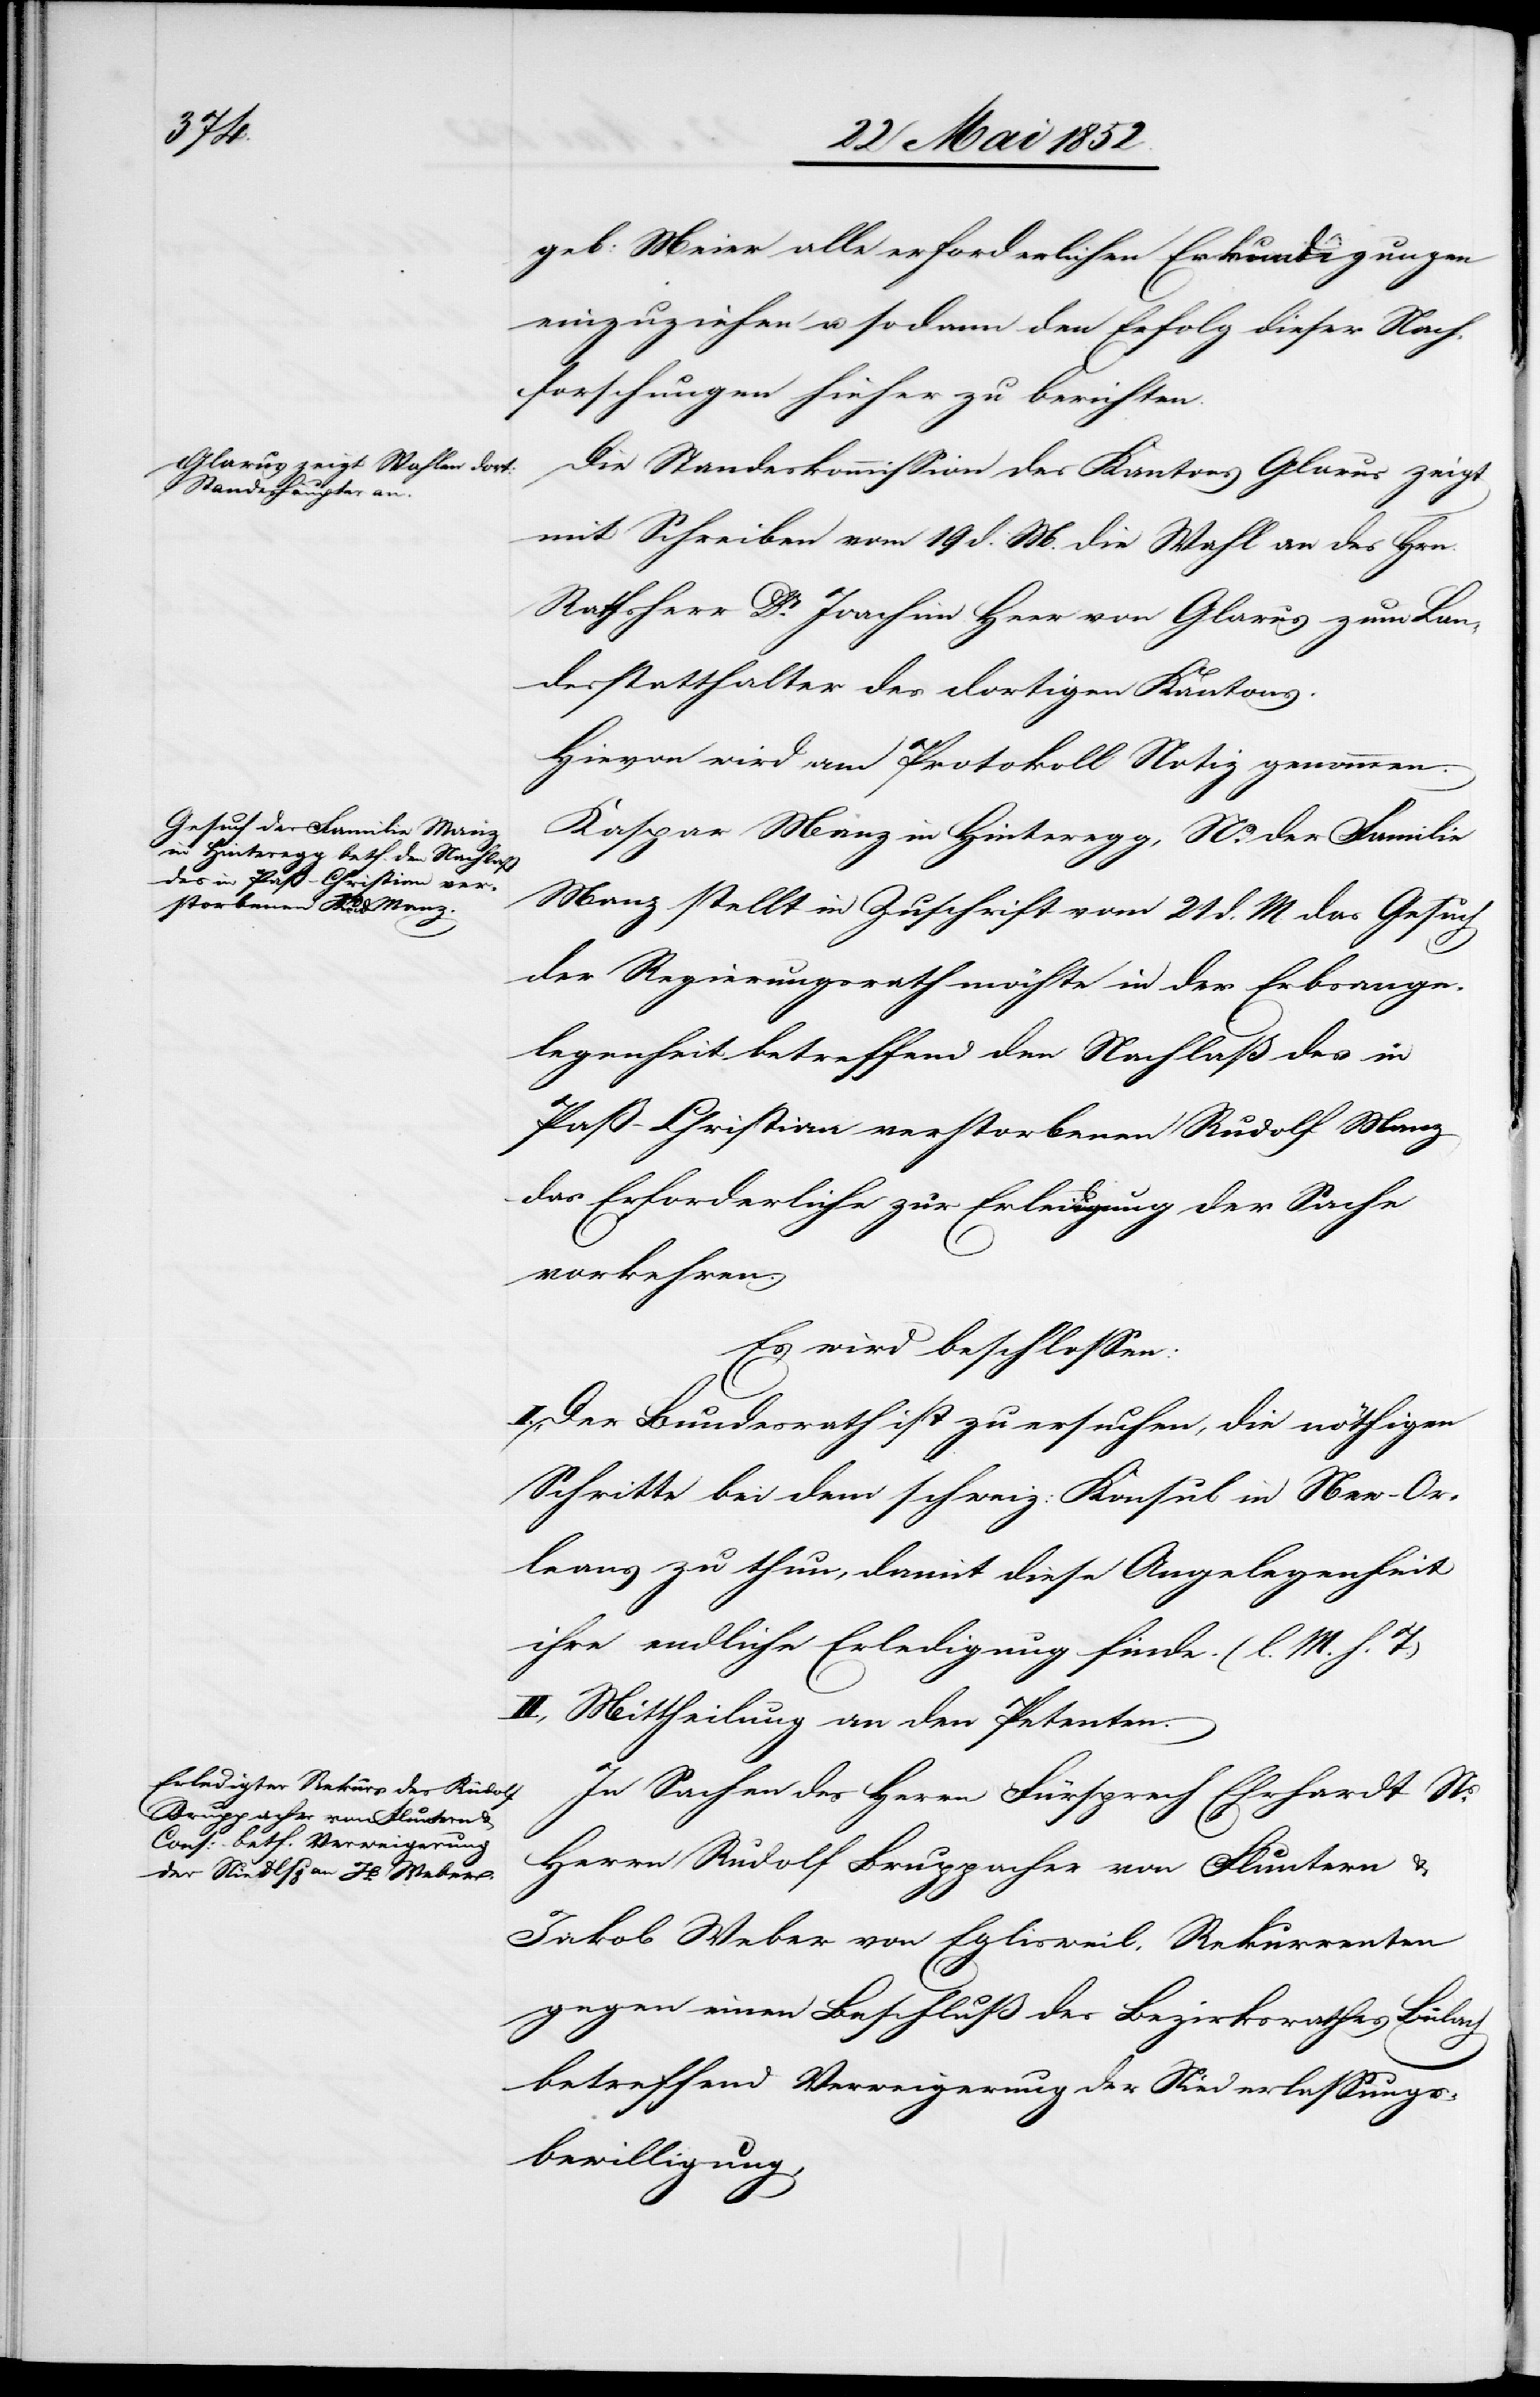
geb: Meier alle erforderlichen Erkundigungen
einzuziehen u. sodann den Erfolg dieser Nach¬
forschungen hieher zu berichten.
Die Standeskommission des Kantons Glarus zeigt
mit Schreiben vom 19 d. M. die Wahl an des Hrn.
Rathsherr Dr. Joachim Heer von Glarus zum Lan¬
desstatthalter des dortigen Kantons.
Hievon wird am Protokoll Notiz genommen.
Kaspar Manz in Hinteregg, Ns. der Familie
Manz stellt in Zuschrift vom 21 d. M. das Gesuch
der Regierungsrath möchte in der Erbsange¬
legenheit betreffend den Nachlaß des in
Paß-Christian verstorbenen Rudolf Manz
das Erforderliche zur Erledigung der Sache
vorkehren.
Es wird beschlossen:
Der Bundesrath ist zu ersuchen, die nöthigen
Schritte bei dem schweiz: Konsul in New-Or¬
leans zu thun, damit diese Angelegenheit
ihre endliche Erledigung finde. (l. M. h. T.)
II., Mittheilung an den Petenten.